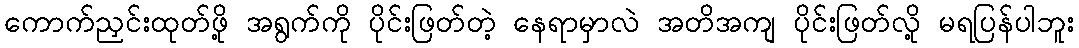
ကောက်ညှင်းထုတ်ဖို့ အရွက်ကို ပိုင်းဖြတ်တဲ့ နေရာမှာလဲ အတိအကျ ပိုင်းဖြတ်လို့ မရပြန်ပါဘူး